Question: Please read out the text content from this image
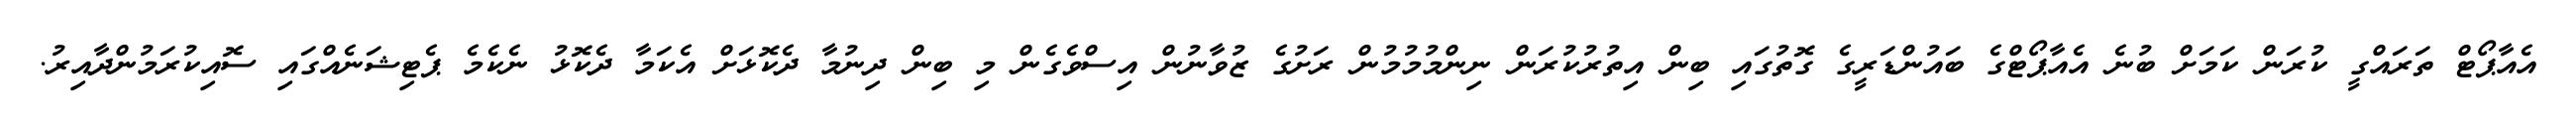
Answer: އެއާޕޯޓް ތަރައްގީ ކުރަން ކަމަށް ބުނެ އެއާޕޯޓްގެ ބައުންޑަރީގެ ގޮތުގައި ބިން އިތުރުކުރަން ނިންމުމުމުން ރަށުގެ ޒުވާނުން އިސްވެގެން މި ބިން ދިނުމާ ދެކޮޅަށް އެކަމާ ދެކޮޅު ނެކެމެ ޕެޓިޝަނެއްގައި ސޮއިކުރަމުންދާއިރު.